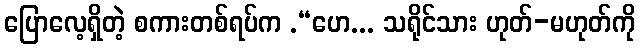
ပြောလေ့ရှိတဲ့ စကားတစ်ရပ်က .“ဟေ... သရိုင်သား ဟုတ်-မဟုတ်ကို